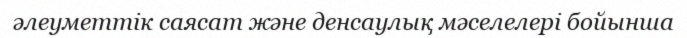
әлеуметтік саясат және денсаулық мәселелері бойынша